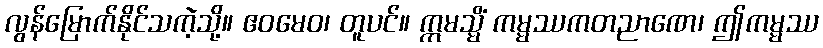
လွန်မြောက်နိုင်သကဲ့သို့။ ဧဝမေဝ၊ တူပင်။ ဣမသ္မိံ ကမ္မဿကတညာဏေ၊ ဤကမ္မဿ